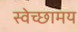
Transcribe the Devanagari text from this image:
स्वेच्छामय